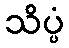
သိပ္ပံ